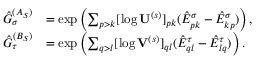
\begin{array} { r l } { \hat { G } _ { \sigma } ^ { ( A _ { S } ) } } & { = \exp \left( \sum _ { p > k } [ \log \mathbf { U } ^ { ( s ) } ] _ { p k } ( \hat { E } _ { p k } ^ { \sigma } - \hat { E } _ { k p } ^ { \sigma } ) \right) , } \\ { \hat { G } _ { \tau } ^ { ( B _ { S } ) } } & { = \exp \left( \sum _ { q > l } [ \log \mathbf { V } ^ { ( s ) } ] _ { q l } ( \hat { E } _ { q l } ^ { \tau } - \hat { E } _ { l q } ^ { \tau } ) \right) . } \end{array}